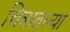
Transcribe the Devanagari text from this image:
चित्रातल्या